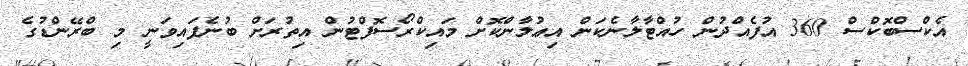
އެކްސްބޮކްސް 360 އުފެއްދުން ހުއްޓާލާނެކަން އިޢުލާންކޮށް މައިކްރޯސޮފްޓުން އިތުރަށް ބުނެފައިވަނީ މި ބްރޭންޑުގެ